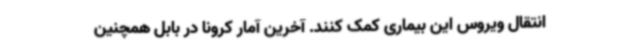
انتقال ویروس این بیماری کمک کنند. آخرین آمار کرونا در بابل همچنین